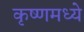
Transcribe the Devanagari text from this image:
कृष्णमध्ये